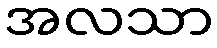
အလသာ